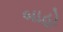
બાહો